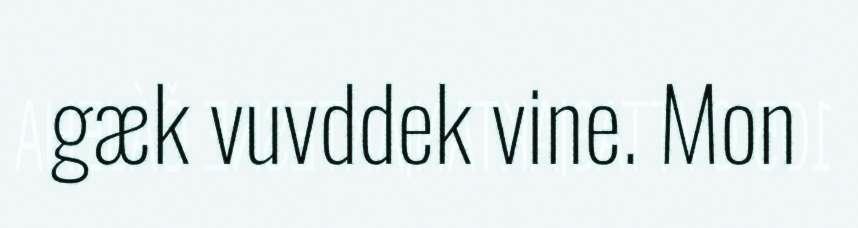
gæk vuvddek vine. Mon